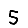
Digit: 5